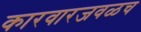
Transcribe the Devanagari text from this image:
कारवारजवळच